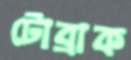
টোব্রাক